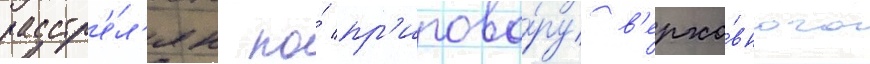
расстр'е́л'ян по́ пр'игово́ру в'ерхо́вного